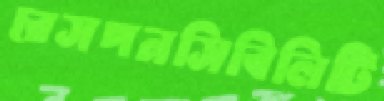
রেসপনসিবিলিটি